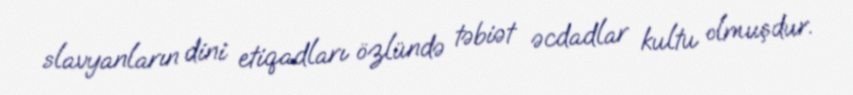
slavyanların dini etiqadları özlündə təbiət əcdadlar kultu olmuşdur.